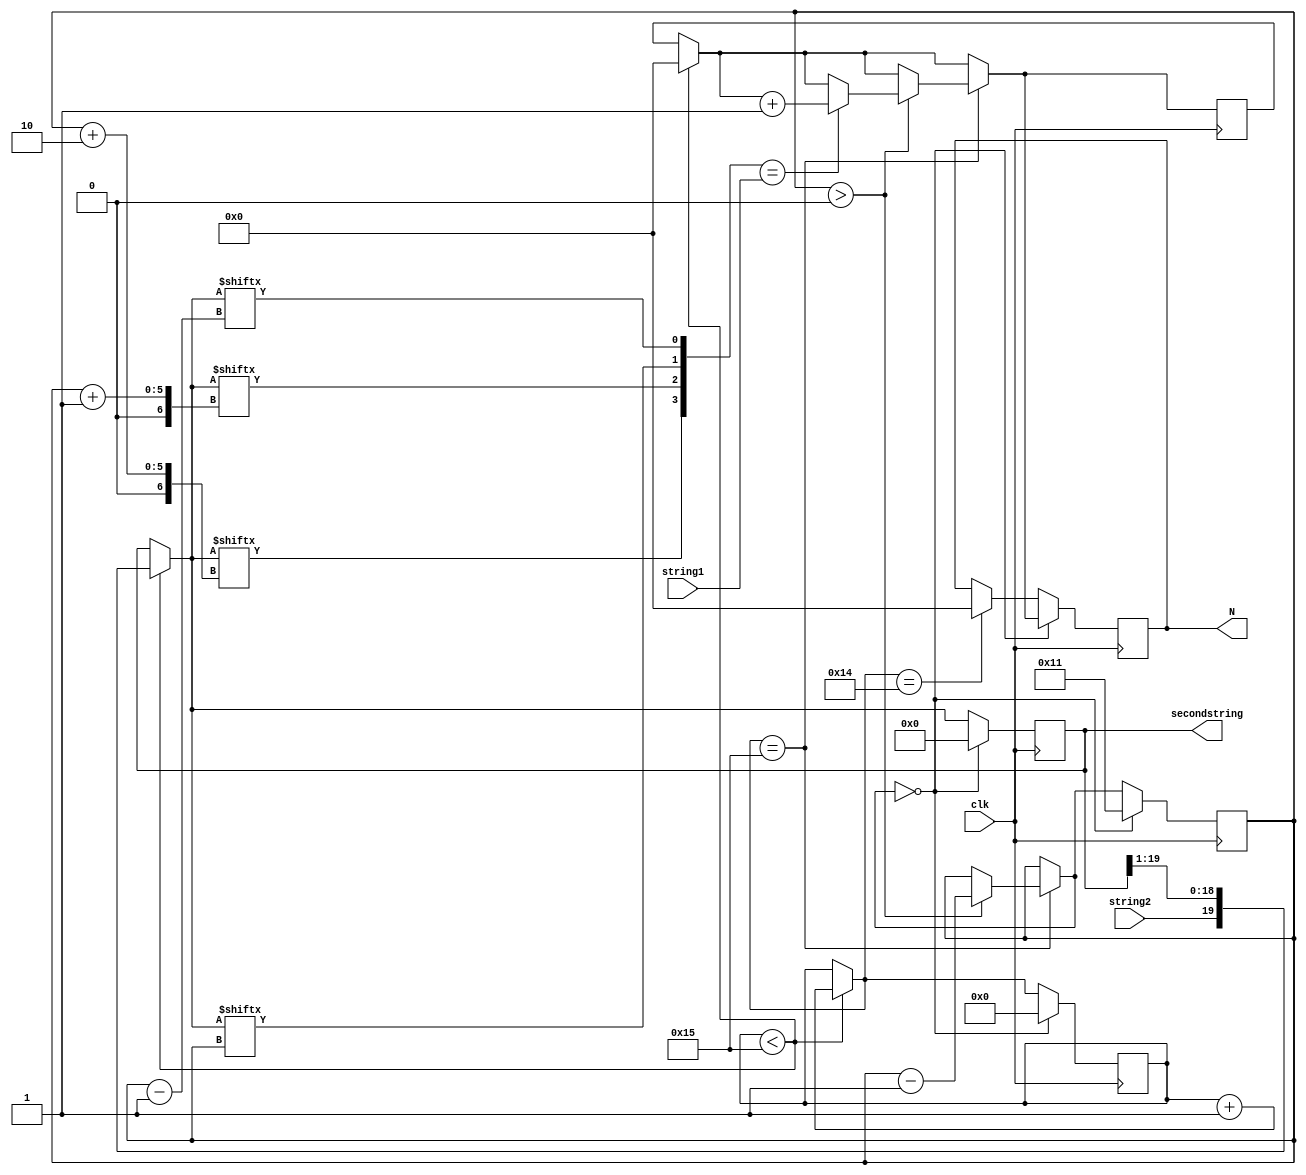
`timescale 1ns / 1ps
//////////////////////////////////////////////////////////////////////////////////
// Company: 
// Engineer: 
// 
// Design Name: 
// Module Name:    stringdetectora 
// Project Name: 
// Target Devices: 
// Tool versions: 
// Description: 
//
// Dependencies: 
//
// Revision: 
// Revision 0.01 - File Created
// Additional Comments: 
//
//////////////////////////////////////////////////////////////////////////////////
module stringdetectora(
    input [3:0] string1,
    input string2,
    input clk,
	 output reg [19:0] secondstring=0,
    output reg [3:0] N=0 
    );

reg [3:0] checking;
reg [4:0] counter=0;
reg[4:0] cc=17;
reg[3:0] number;
reg [3:0] tedad=0;


always @(posedge clk) begin
  if (counter < 21) begin
      tedad=4'b0000;
      secondstring[19:0]={string2,secondstring[19:1]};
		counter=counter+1;
	end
	if(counter==20) begin
	N=4'b0000;
	end
	if (counter==21) begin
	    if (cc>0) begin
	         checking[3:0]={secondstring[cc+2],secondstring[cc+1],secondstring[cc],secondstring[cc-1]};
				if (checking==string1) tedad=tedad+1;
				cc=cc-5'b00001;
			end
		end
	if (cc==0) begin
	    N=tedad;
		 counter=5'b00000;
		 secondstring=20'b00000000000000000000;
		 cc=17;
	end		
			
		
	    
end    
endmodule